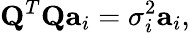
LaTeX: {\mathbf{Q}}^{T}{\mathbf{Q}}{\mathbf{a}}_{i}=\sigma_{i}^{2}{\mathbf{a}}_{i},